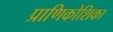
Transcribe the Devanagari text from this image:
प्राणिकोशिका